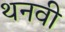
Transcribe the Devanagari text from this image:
थनवी